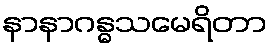
နာနာဂန္ဓသမေရိတာ